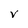
Character: V